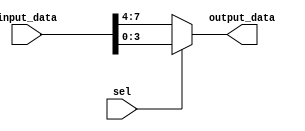
module part_select_example (
    input [7:0] input_data,
    input sel,
    output [3:0] output_data
);

reg [3:0] selected_bits;

always @* begin
    if (sel == 1'b1) begin
        selected_bits = input_data[3:0]; // Select bits 3 to 0 from input_data
    end else begin
        selected_bits = input_data[7:4]; // Select bits 7 to 4 from input_data
    end
end

assign output_data = selected_bits;

endmodule